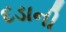
દડાની